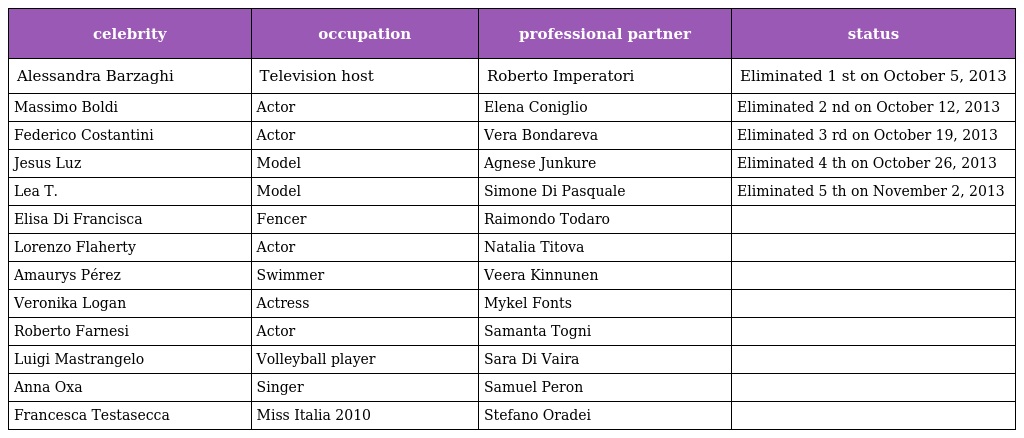
| celebrity | occupation | professional partner | status |
 | --- | --- | --- | --- |
 | Alessandra Barzaghi | Television host | Roberto Imperatori | Eliminated 1 st on October 5, 2013 |
 | Massimo Boldi | Actor | Elena Coniglio | Eliminated 2 nd on October 12, 2013 |
 | Federico Costantini | Actor | Vera Bondareva | Eliminated 3 rd on October 19, 2013 |
 | Jesus Luz | Model | Agnese Junkure | Eliminated 4 th on October 26, 2013 |
 | Lea T. | Model | Simone Di Pasquale | Eliminated 5 th on November 2, 2013 |
 | Elisa Di Francisca | Fencer | Raimondo Todaro |  |
 | Lorenzo Flaherty | Actor | Natalia Titova |  |
 | Amaurys Pérez | Swimmer | Veera Kinnunen |  |
 | Veronika Logan | Actress | Mykel Fonts |  |
 | Roberto Farnesi | Actor | Samanta Togni |  |
 | Luigi Mastrangelo | Volleyball player | Sara Di Vaira |  |
 | Anna Oxa | Singer | Samuel Peron |  |
 | Francesca Testasecca | Miss Italia 2010 | Stefano Oradei |  |